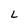
Character: L